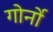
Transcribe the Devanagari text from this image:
गोर्नो